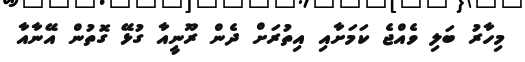
މިހާރު ބަލި ވެއްޖެ ކަމަށާއި އިތުރަށް ދެން ރޫނީއާ ގުޅޭ ގޮތުން އޭނާއާ